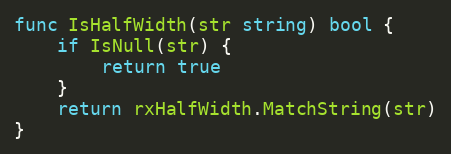
Language: Go
func IsHalfWidth(str string) bool {
	if IsNull(str) {
		return true
	}
	return rxHalfWidth.MatchString(str)
}